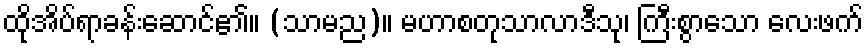
ထိုအိပ်ရာခန်းဆောင်၏။ (သာမည)။ မဟာစတုသာလာဒီသု၊ ကြီးစွာသော လေးဖက်